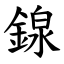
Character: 䤼